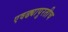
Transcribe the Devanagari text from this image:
एवढ्यापुरतीच